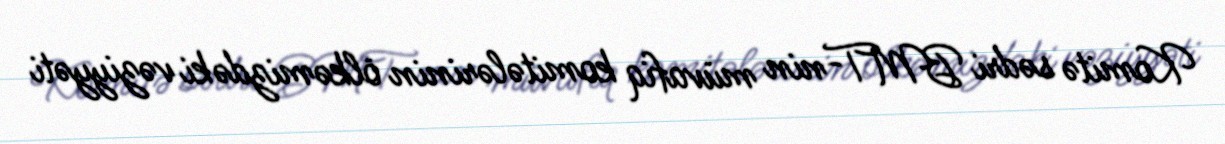
Komitə sədri BMT-nin müvafiq komitələrinin ölkəmizdəki vəziyyəti